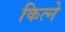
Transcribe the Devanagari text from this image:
कित्ने